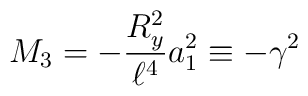
M_3 = -{R_y^2 \over \ell^4} a_1^2  \equiv -\gamma^2